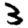
Digit: 3